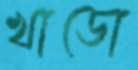
খাডো